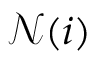
\mathcal { N } ( i )